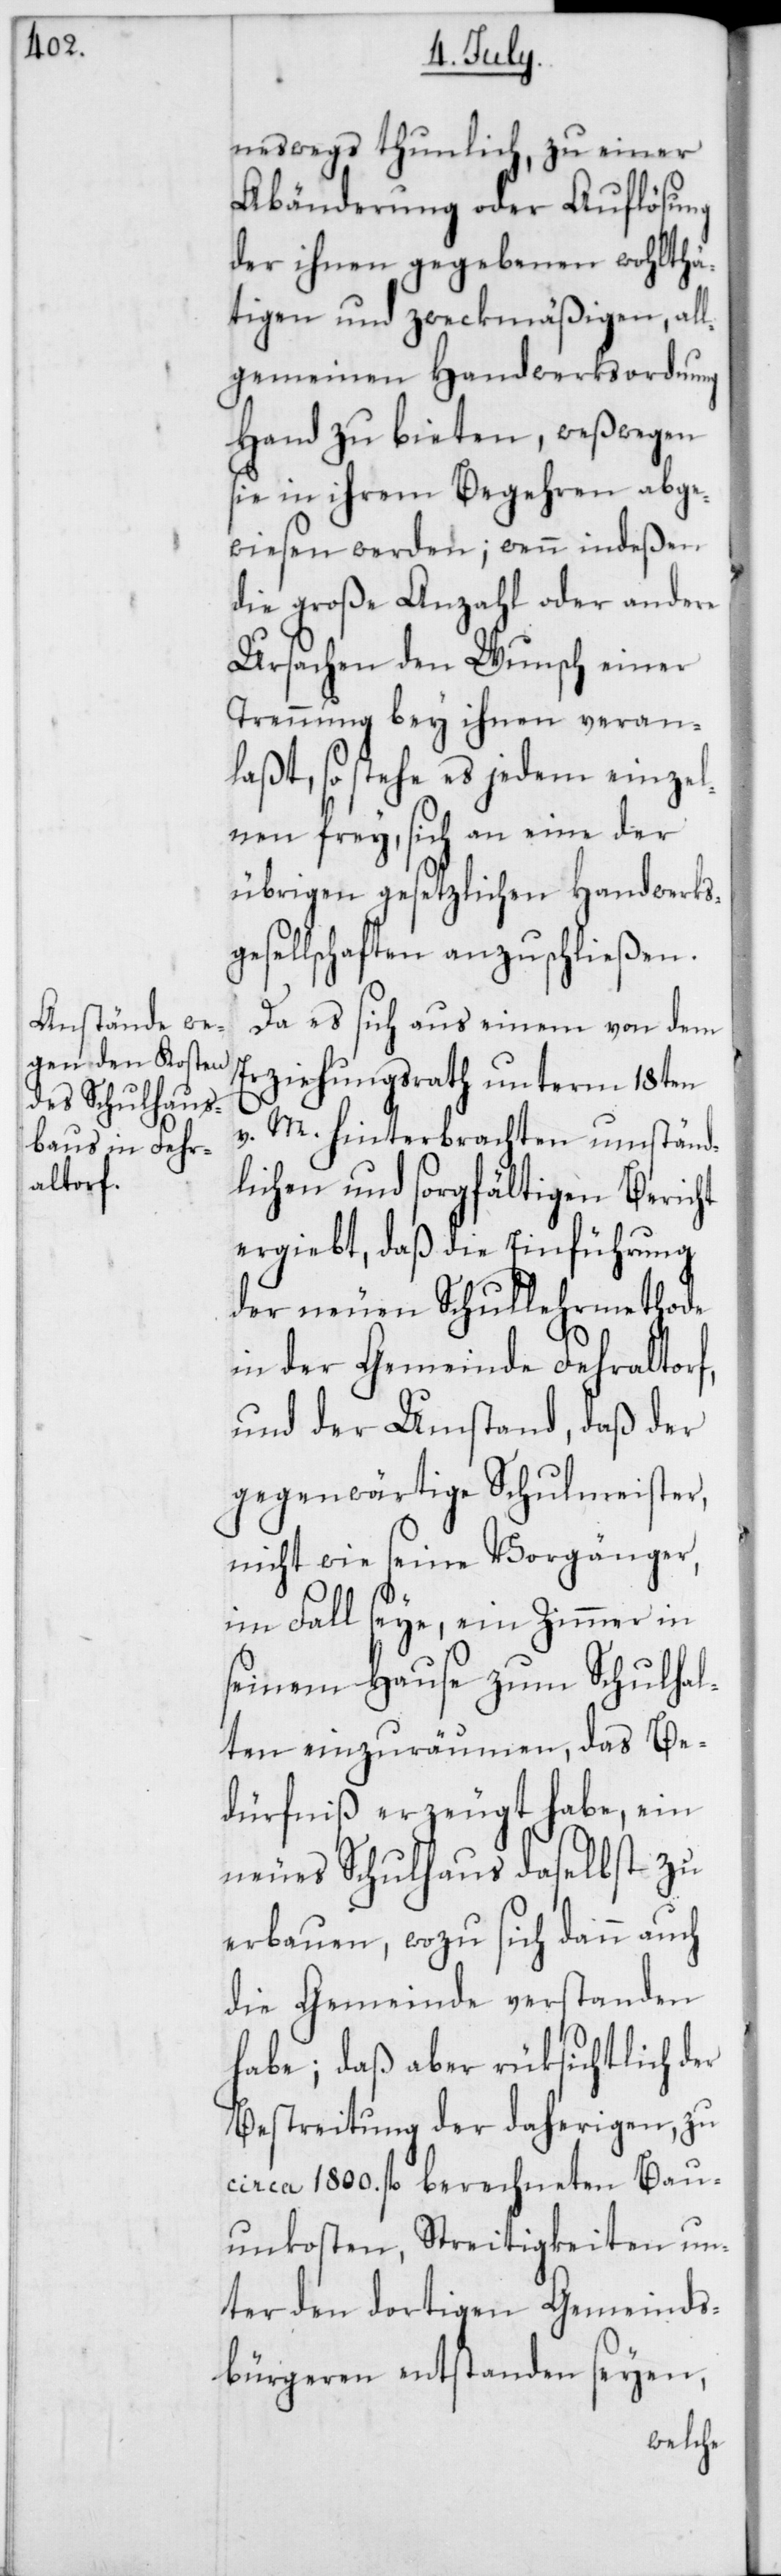
neswegs thunlich, zu einer
Abänderung oder Auflösung
der ihnen gegebenen wohlthä¬
tigen und zweckmäßigen, all¬
gemeinen Handwerksordnung
Hand zu bieten, weßwegen
sie in ihrem Begehren abge¬
wiesen werden; wenn indeßen
die große Anzahl oder andere
Ursachen den Wunsch einer
Trennung bey ihnen veran¬
laßt, so stehe es jedem einzel¬
nen frey, sich an eine der
übrigen gesetzlichen Handwerksg¬
esellschaften anzuschließen.
Da es sich aus einem von dem
Erziehungsrath unterm 18ten
v. M. hinterbrachten umständ¬
lichen und sorgfältigen Bericht
ergiebt, daß die Einführung
der neuen Schullehrmethode
in der Gemeinde Fehraltorf,
und der Umstand, daß der
gegenwärtige Schulmeister,
nicht wie seine Vorgänger,
im Fall seye, ein Zimmer in
seinem Hause zum Schulhal¬
ten einzuräumen, das Be¬
dürfniß erzeugt habe, ein
neues Schulhaus daselbst zu
erbauen, wozu sich dann auch
die Gemeinde verstanden
habe; daß aber rüksichtlich der
Bestreitung der daherigen, zu
circa 1800. fl. berechneten Bau¬
unkosten, Streitigkeiten un¬
ter den dortigen Gemeinds¬
bürgeren entstanden seyen,